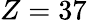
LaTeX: Z=37